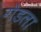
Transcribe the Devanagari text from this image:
गेडला